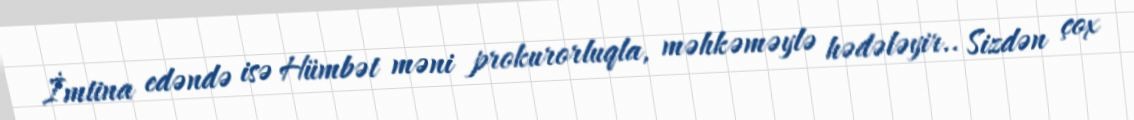
İmtina edəndə isə Hümbət məni prokurorluqla, məhkəməylə hədələyir.. Sizdən çox